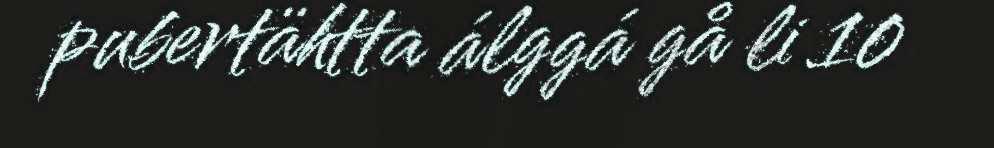
pubertähtta álggá gå li 10